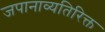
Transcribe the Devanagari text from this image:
जपानाव्यतिरिक्त